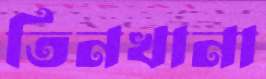
তিনখানা